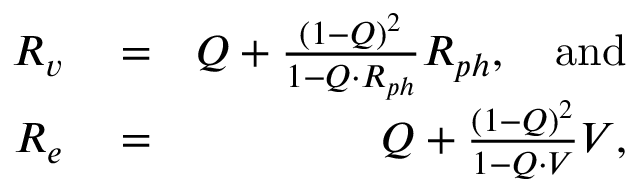
\begin{array} { r l r } { R _ { v } } & { { } = } & { Q + \frac { \left( 1 - Q \right) ^ { 2 } } { 1 - Q \cdot R _ { p h } } R _ { p h } , \quad \mathrm { a n d } } \\ { R _ { e } } & { { } = } & { Q + \frac { \left( 1 - Q \right) ^ { 2 } } { 1 - Q \cdot V } V , } \end{array}